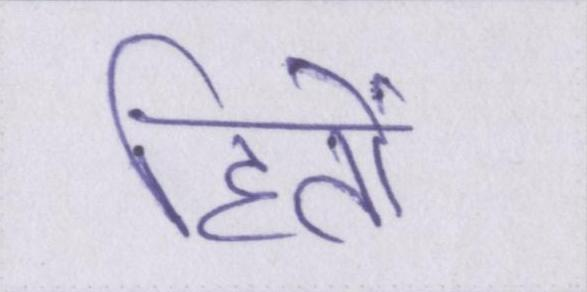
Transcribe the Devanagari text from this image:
हितों